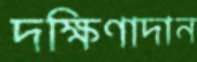
দক্ষিণাদান